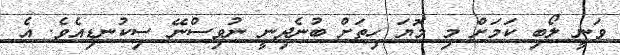
ވަނީ ލޯބި ކަމަށް މި މޮޔަ ހިތަށް ބުނެދިނީ ނުވިސްނޭ ސިކުނޑިއެވެ. އެ